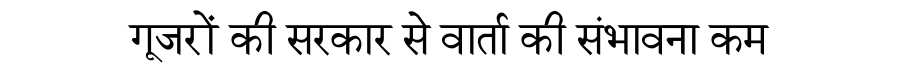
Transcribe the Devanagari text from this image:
गूजरों की सरकार से वार्ता की संभावना कम